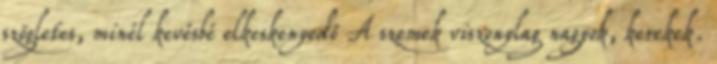
szögletes, minél kevésbé elkeskenyedő A szemek viszonylag nagyok, kerekek.